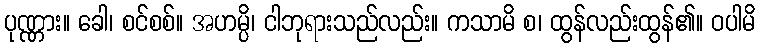
ပုဏ္ဏား။ ခေါ၊ စင်စစ်။ အဟမ္ပိ၊ ငါဘုရားသည်လည်း။ ကသာမိ စ၊ ထွန်လည်းထွန်၏။ ဝပါမိ